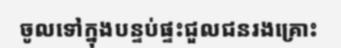
ចូលទៅក្នុងបន្ទប់ផ្ទះជួលជនរងគ្រោះ